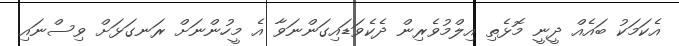
އެކަމަކު ބައެއް ދީނީ މޮޅެތި އިލްމުވެރިން ދެކެވަޑައިގަންނަވާ އެ މީހުންނަށް ރަނގަޅަށް ވިސްނައި